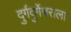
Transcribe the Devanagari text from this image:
दुर्गदुर्गेश्वराला